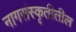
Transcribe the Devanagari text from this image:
नागसंस्कृतीतील